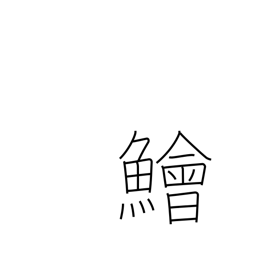
Meaning: lizard fish